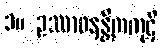
၁။ ဥဿာဝနန္တိကကုဋိ